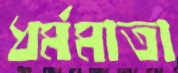
ধর্মমাতা